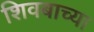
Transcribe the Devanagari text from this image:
शिवबाच्‍या